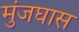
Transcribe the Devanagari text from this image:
मुंजघास